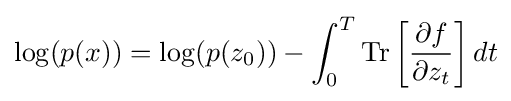
\log(p(x))=\log(p(z_{0}))-\int _{0}^{T}{\text{Tr}}\left[{\frac {\partial f}{\partial z_{t}}}\right]dt